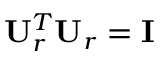
{ \mathbf { U } } _ { r } ^ { T } { \mathbf { U } } _ { r } = { \mathbf { I } }